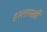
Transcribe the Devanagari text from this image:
इस्लामख़ाँ